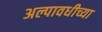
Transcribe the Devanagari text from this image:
अल्पावधीच्या